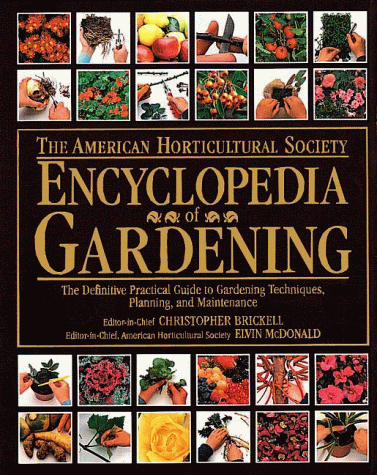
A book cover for American Horticultural Society Encyclopedia of Gardening (American Horticultural Society Practical Guides); Christopher Brickell; Crafts, Hobbies & Home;